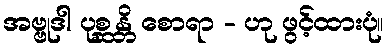
အဗ္ဗုဒါ ပုစ္ဆန္တိ စောရာ - ဟု ဖွင့်ထားပုံ။